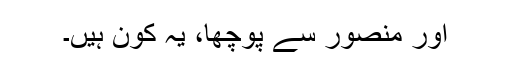
اور منصور سے پوچھا، یہ کون ہیں۔